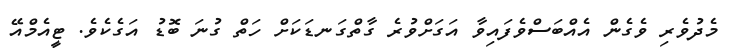
މެދުވެރި ވެގެން އެއްބަސްވެފައިވާ އަގަށްވުރެ ގާތްގަނޑަކަށް ހަތް ގުނަ ބޮޑު އަގެކެވެ. ޓީއެމްއޭ